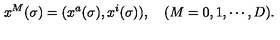
x ^ { M } ( \sigma ) = ( x ^ { a } ( \sigma ) , x ^ { i } ( \sigma ) ) , \quad ( M = 0 , 1 , \cdots , D ) .